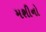
મશીનો